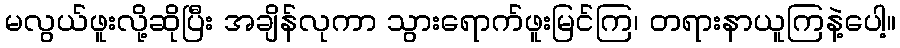
မလွယ်ဖူးလို့ဆိုပြီး အချိန်လုကာ သွားရောက်ဖူးမြင်ကြ၊ တရားနာယူကြနဲ့ပေါ့။